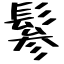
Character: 鬖